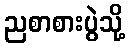
ညစာစားပွဲသို့